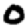
Digit: 0